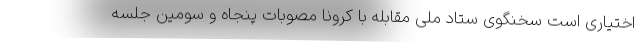
اختیاری است سخنگوی ستاد ملی مقابله با کرونا مصوبات پنجاه و سومین جلسه